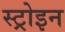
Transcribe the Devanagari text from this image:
स्ट्रोइन